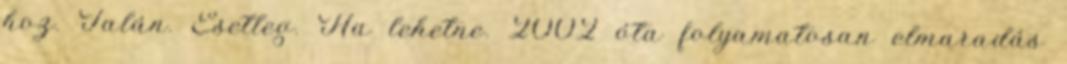
hoz. Talán. Esetleg. Ha lehetne. 2002 óta folyamatosan elmaradás